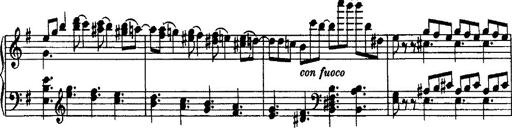
Title: Rondo di bravura
Composer: Franz Liszt